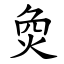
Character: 烉